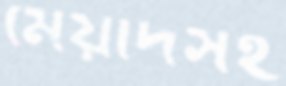
মেয়াদসহ